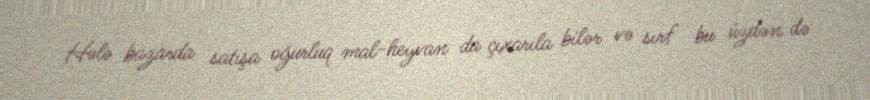
Hələ bazarda satışa oğurluq mal-heyvan da çıxarıla bilər və sırf bu üzdən də